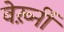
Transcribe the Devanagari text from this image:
वेर्ख़्नी